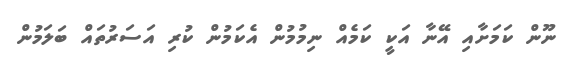
ނޫން ކަމަށާއި އޭނާ އަކީ ކަމެއް ނިމުމުން އެކަމުން ކުރި އަސަރުތައް ބަލަމުން